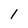
Character: 1